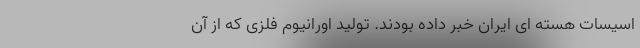
اسیسات هسته ای ایران خبر داده بودند. تولید اورانیوم فلزی که از آن